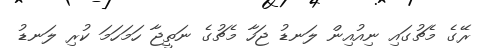
ރޭގެ މެޗުގައި ނިއުއިން ލަނޑު ޖަހާ މެޗުގެ ނަތީޖާ ހަމަހަމަ ކުރި ލަނޑު